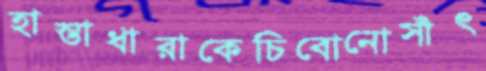
হাস্তাধারাকেচিবোনোসাঁৎ